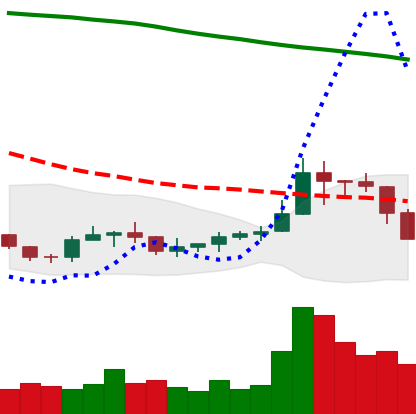
Ticker: ADA-USD
Chart end date: 2019-09-23
Forward return: -16.075%
Label: down_7plus